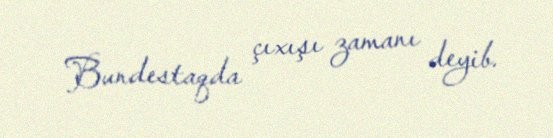
Bundestaqda çıxışı zamanı deyib.